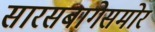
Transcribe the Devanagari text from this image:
सारसबागेसमोर